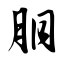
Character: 胴